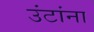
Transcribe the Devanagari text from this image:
उंटांना